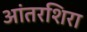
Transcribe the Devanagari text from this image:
आंतरशिरा